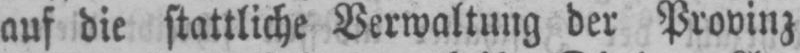
auf die stattliche Verwaltung der Provinz